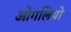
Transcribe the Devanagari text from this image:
ओगलियो